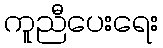
ကူညီပေးရေး